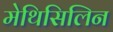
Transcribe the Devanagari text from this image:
मेथिसिलिन